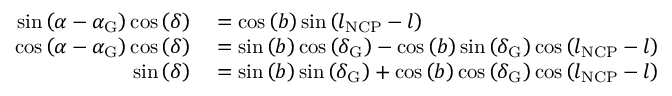
\begin{array} { r l } { \sin \left( \alpha - \alpha _ { \mathrm { G } } \right) \cos \left( \delta \right) } & { { } = \cos \left( b \right) \sin \left( l _ { \mathrm { N C P } } - l \right) } \\ { \cos \left( \alpha - \alpha _ { \mathrm { G } } \right) \cos \left( \delta \right) } & { { } = \sin \left( b \right) \cos \left( \delta _ { \mathrm { G } } \right) - \cos \left( b \right) \sin \left( \delta _ { \mathrm { G } } \right) \cos \left( l _ { \mathrm { N C P } } - l \right) } \\ { \sin \left( \delta \right) } & { { } = \sin \left( b \right) \sin \left( \delta _ { \mathrm { G } } \right) + \cos \left( b \right) \cos \left( \delta _ { \mathrm { G } } \right) \cos \left( l _ { \mathrm { N C P } } - l \right) } \end{array}